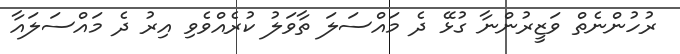
ރުހުންނެތް ވަޒީރުންނާ ގުޅޭ ދެ މައްސަލަ ތާވަލު ކުރެއްވެވި އިރު ދެ މައްސަލައާ